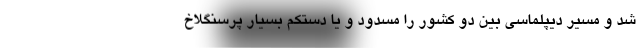
شد و مسیر دیپلماسی بین دو کشور را مسدود و یا دستکم بسیار پرسنگلاخ